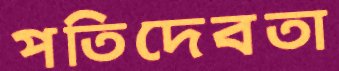
পতিদেবতা